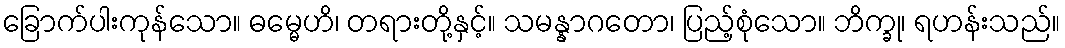
ခြောက်ပါးကုန်သော။ ဓမ္မေဟိ၊ တရားတို့နှင့်။ သမန္နာဂတော၊ ပြည့်စုံသော။ ဘိက္ခု၊ ရဟန်းသည်။